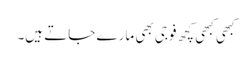
کبھی کبھی کچھ فوجی بھی مارے جاتے ہیں۔